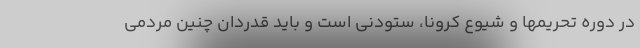
در دوره تحریمها و شیوع کرونا، ستودنی است و باید قدردان چنین مردمی